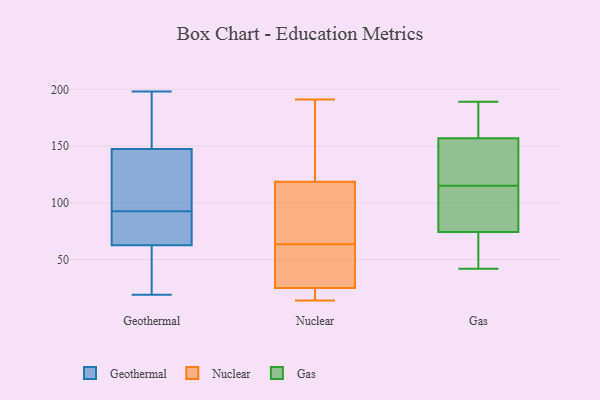
{"axis": {"x": "Tickets Resolved", "y": "Value"}, "legend": ["Gas", "Geothermal", "Nuclear"], "data": [{"x": "", "y": 57, "type": "Geothermal"}, {"x": "", "y": 136, "type": "Geothermal"}, {"x": "", "y": 19, "type": "Geothermal"}, {"x": "", "y": 78, "type": "Geothermal"}, {"x": "", "y": 57, "type": "Geothermal"}, {"x": "", "y": 197, "type": "Geothermal"}, {"x": "", "y": 68, "type": "Geothermal"}, {"x": "", "y": 103, "type": "Geothermal"}, {"x": "", "y": 114, "type": "Geothermal"}, {"x": "", "y": 180, "type": "Geothermal"}, {"x": "", "y": 69, "type": "Geothermal"}, {"x": "", "y": 43, "type": "Geothermal"}, {"x": "", "y": 82, "type": "Geothermal"}, {"x": "", "y": 155, "type": "Geothermal"}, {"x": "", "y": 198, "type": "Geothermal"}, {"x": "", "y": 46, "type": "Geothermal"}, {"x": "", "y": 81, "type": "Geothermal"}, {"x": "", "y": 140, "type": "Geothermal"}, {"x": "", "y": 159, "type": "Geothermal"}, {"x": "", "y": 135, "type": "Geothermal"}, {"x": "", "y": 60, "type": "Nuclear"}, {"x": "", "y": 21, "type": "Nuclear"}, {"x": "", "y": 14, "type": "Nuclear"}, {"x": "", "y": 161, "type": "Nuclear"}, {"x": "", "y": 101, "type": "Nuclear"}, {"x": "", "y": 191, "type": "Nuclear"}, {"x": "", "y": 25, "type": "Nuclear"}, {"x": "", "y": 28, "type": "Nuclear"}, {"x": "", "y": 136, "type": "Nuclear"}, {"x": "", "y": 96, "type": "Nuclear"}, {"x": "", "y": 67, "type": "Nuclear"}, {"x": "", "y": 71, "type": "Nuclear"}, {"x": "", "y": 25, "type": "Nuclear"}, {"x": "", "y": 25, "type": "Nuclear"}, {"x": "", "y": 26, "type": "Nuclear"}, {"x": "", "y": 173, "type": "Nuclear"}, {"x": "", "y": 123, "type": "Gas"}, {"x": "", "y": 59, "type": "Gas"}, {"x": "", "y": 115, "type": "Gas"}, {"x": "", "y": 74, "type": "Gas"}, {"x": "", "y": 75, "type": "Gas"}, {"x": "", "y": 158, "type": "Gas"}, {"x": "", "y": 42, "type": "Gas"}, {"x": "", "y": 164, "type": "Gas"}, {"x": "", "y": 168, "type": "Gas"}, {"x": "", "y": 114, "type": "Gas"}, {"x": "", "y": 154, "type": "Gas"}, {"x": "", "y": 145, "type": "Gas"}, {"x": "", "y": 78, "type": "Gas"}, {"x": "", "y": 60, "type": "Gas"}, {"x": "", "y": 189, "type": "Gas"}]}